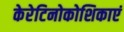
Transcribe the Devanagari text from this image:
केरेटिनोकोशिकाएं